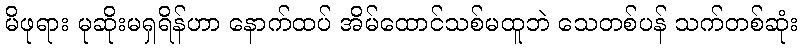
မိဖုရား မုဆိုးမရှရိန်ဟာ နောက်ထပ် အိမ်ထောင်သစ်မထူဘဲ သေတစ်ပန် သက်တစ်ဆုံး